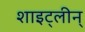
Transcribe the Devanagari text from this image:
शाइट्लीन्